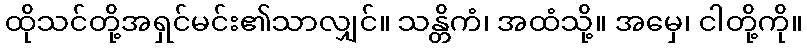
ထိုသင်တို့အရှင်မင်း၏သာလျှင်။ သန္တိကံ၊ အထံသို့။ အမှေ၊ ငါတို့ကို။